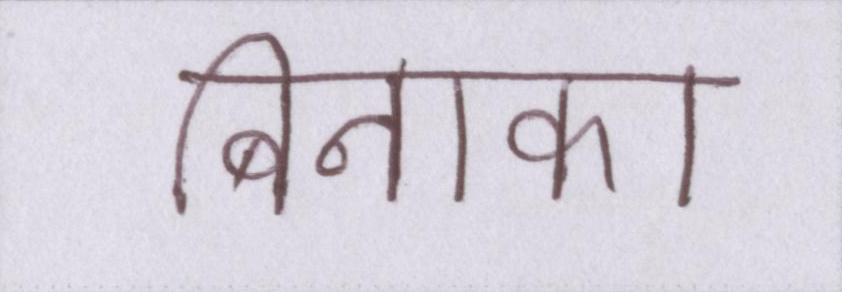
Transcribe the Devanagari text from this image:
बिनाका